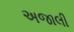
અજાલી